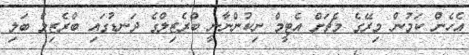
އެހެން ކަމުން މިރޭގެ މެޗަށް އެޓީމް ނިކުންނާނީ ބްރެޒިލްގެ ދަނޑުގައި ބްރެޒިލް ބަލި